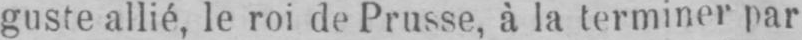
guste allié, le roi de Prusse, à la terminer par